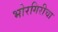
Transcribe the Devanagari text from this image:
भोरगिरीचा